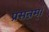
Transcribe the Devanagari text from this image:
प्रसन्नम्‌।